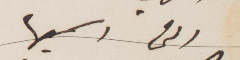
التي رسمتها